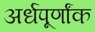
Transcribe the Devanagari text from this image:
अर्धपूर्णांक